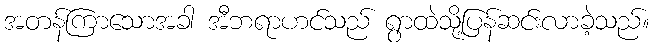
အတန်ကြာသောအခါ အီဘရာဟင်သည် ရွာထဲသို့ပြန်ဆင်းလာခဲ့သည်။